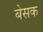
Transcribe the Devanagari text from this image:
बेसक